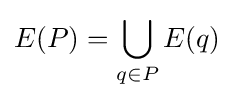
E(P)=\bigcup \limits _{q\in P}E(q)